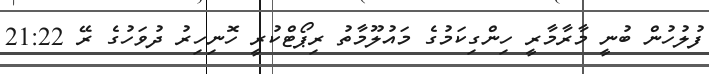
ފުލުހުން ބުނީ މާރާމާރީ ހިންގިކަމުގެ މައުލޫމާތު ރިޕޯޓްކުރީ ހޮނިހިރު ދުވަހުގެ ރޭ 21:22